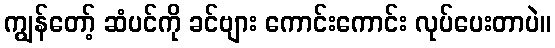
ကျွန်တော့် ဆံပင်ကို ခင်ဗျား ကောင်းကောင်း လုပ်ပေးတာပဲ။